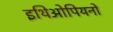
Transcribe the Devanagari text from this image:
इथिओपियनों